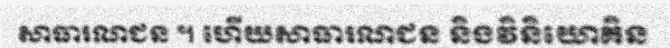
សាធារណជន ។ ហើយសាធារណជន និងវិនិយោគិន